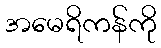
အမေရိကန်ကို